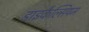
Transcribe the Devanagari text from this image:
डाइकैल्सियम